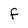
Character: f